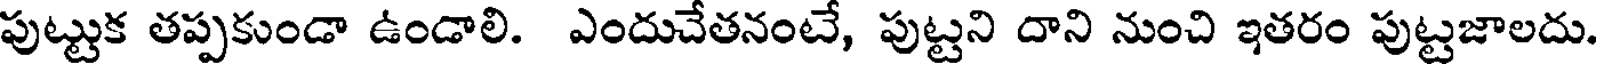
పుట్టుక తప్పకుండా ఉండాలి. ఎందుచేతనంటే, పుట్టని దాని నుంచి ఇతరం పుట్టజాలదు.